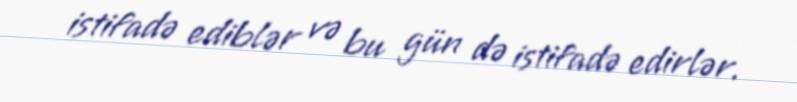
istifadə ediblər və bu gün də istifadə edirlər.